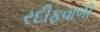
રદીફવાળી